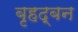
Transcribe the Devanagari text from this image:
बृहद्बन